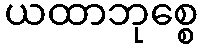
ယထာဘုစ္စေ